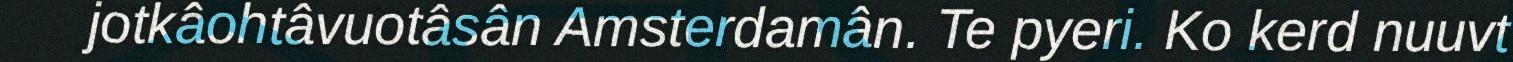
jotkâohtâvuotâsân Amsterdamân. Te pyeri. Ko kerd nuuvt